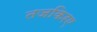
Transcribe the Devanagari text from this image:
तजकिरए